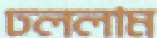
ঢললাম